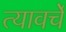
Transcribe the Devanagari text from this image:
त्यावर्चे